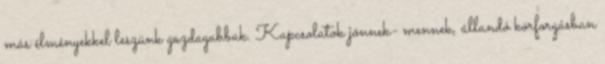
más élményekkel leszünk gazdagabbak. Kapcsolatok jönnek- mennek, állandó körforgásban